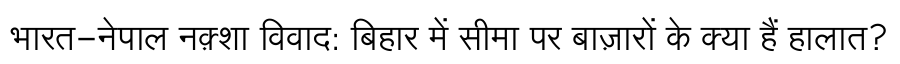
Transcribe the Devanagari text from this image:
भारत-नेपाल नक़्शा विवाद: बिहार में सीमा पर बाज़ारों के क्या हैं हालात?